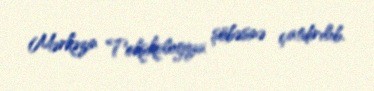
Mərkəzin Toksikologiya şöbəsinə çatdırılıb.